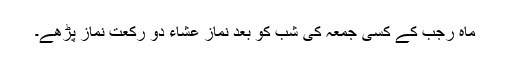
ماہ رجب کے کسی جمعہ کی شب کو بعد نماز عشاء دو رکعت نماز پڑھے۔